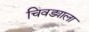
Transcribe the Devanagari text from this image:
चिवड्याला